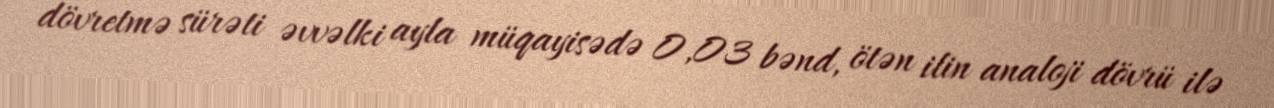
dövretmə sürəti əvvəlki ayla müqayisədə 0,03 bənd, ötən ilin analoji dövrü ilə